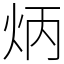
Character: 炳